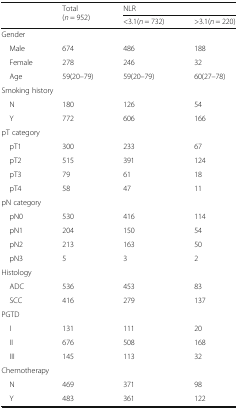
<table><thead><tr><td rowspan="2"></td><td rowspan="2"><b>Total(<i>n</i> = 952)</b></td><td colspan="2"><b>NLR</b></td></tr><tr><td><b>&lt;3.1(<i>n</i> = 732)</b></td><td><b>&gt;3.1(<i>n</i> = 220)</b></td></tr></thead><tbody><tr><td colspan="4">Gender</td></tr><tr><td> Male</td><td>674</td><td>486</td><td>188</td></tr><tr><td> Female</td><td>278</td><td>246</td><td>32</td></tr><tr><td> Age</td><td>59(20–79)</td><td>59(20–79)</td><td>60(27–78)</td></tr><tr><td colspan="4">Smoking history</td></tr><tr><td> N</td><td>180</td><td>126</td><td>54</td></tr><tr><td> Y</td><td>772</td><td>606</td><td>166</td></tr><tr><td colspan="4">pT category</td></tr><tr><td> pT1</td><td>300</td><td>233</td><td>67</td></tr><tr><td> pT2</td><td>515</td><td>391</td><td>124</td></tr><tr><td> pT3</td><td>79</td><td>61</td><td>18</td></tr><tr><td> pT4</td><td>58</td><td>47</td><td>11</td></tr><tr><td colspan="4">pN category</td></tr><tr><td> pN0</td><td>530</td><td>416</td><td>114</td></tr><tr><td> pN1</td><td>204</td><td>150</td><td>54</td></tr><tr><td> pN2</td><td>213</td><td>163</td><td>50</td></tr><tr><td> pN3</td><td>5</td><td>3</td><td>2</td></tr><tr><td colspan="4">Histology</td></tr><tr><td> ADC</td><td>536</td><td>453</td><td>83</td></tr><tr><td> SCC</td><td>416</td><td>279</td><td>137</td></tr><tr><td colspan="4">PGTD</td></tr><tr><td> I</td><td>131</td><td>111</td><td>20</td></tr><tr><td> II</td><td>676</td><td>508</td><td>168</td></tr><tr><td> III</td><td>145</td><td>113</td><td>32</td></tr><tr><td colspan="4">Chemotherapy</td></tr><tr><td> N</td><td>469</td><td>371</td><td>98</td></tr><tr><td> Y</td><td>483</td><td>361</td><td>122</td></tr></tbody></table>